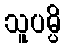
သူပမ္ပိ